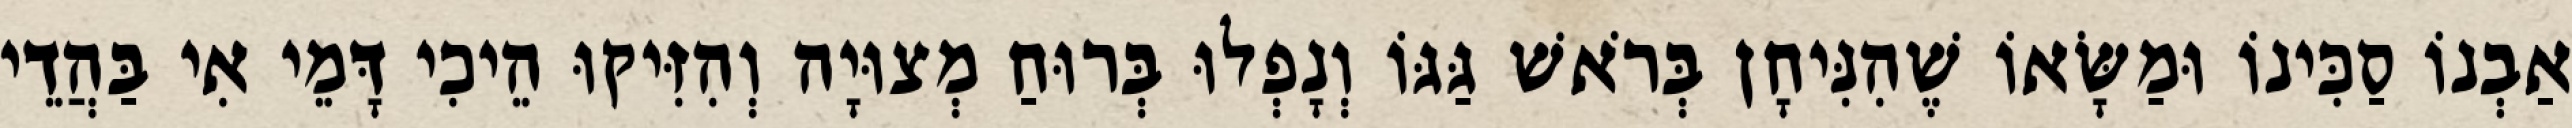
אַבְנוֹ סַכִּינוֹ וּמַשָּׂאוֹ שֶׁהִנִּיחָן בְּרֹאשׁ גַּגּוֹ וְנָפְלוּ בְּרוּחַ מְצוּיָה וְהִזִּיקוּ הֵיכִי דָּמֵי אִי בַּהֲדֵי